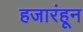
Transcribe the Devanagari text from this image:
हजारंहून